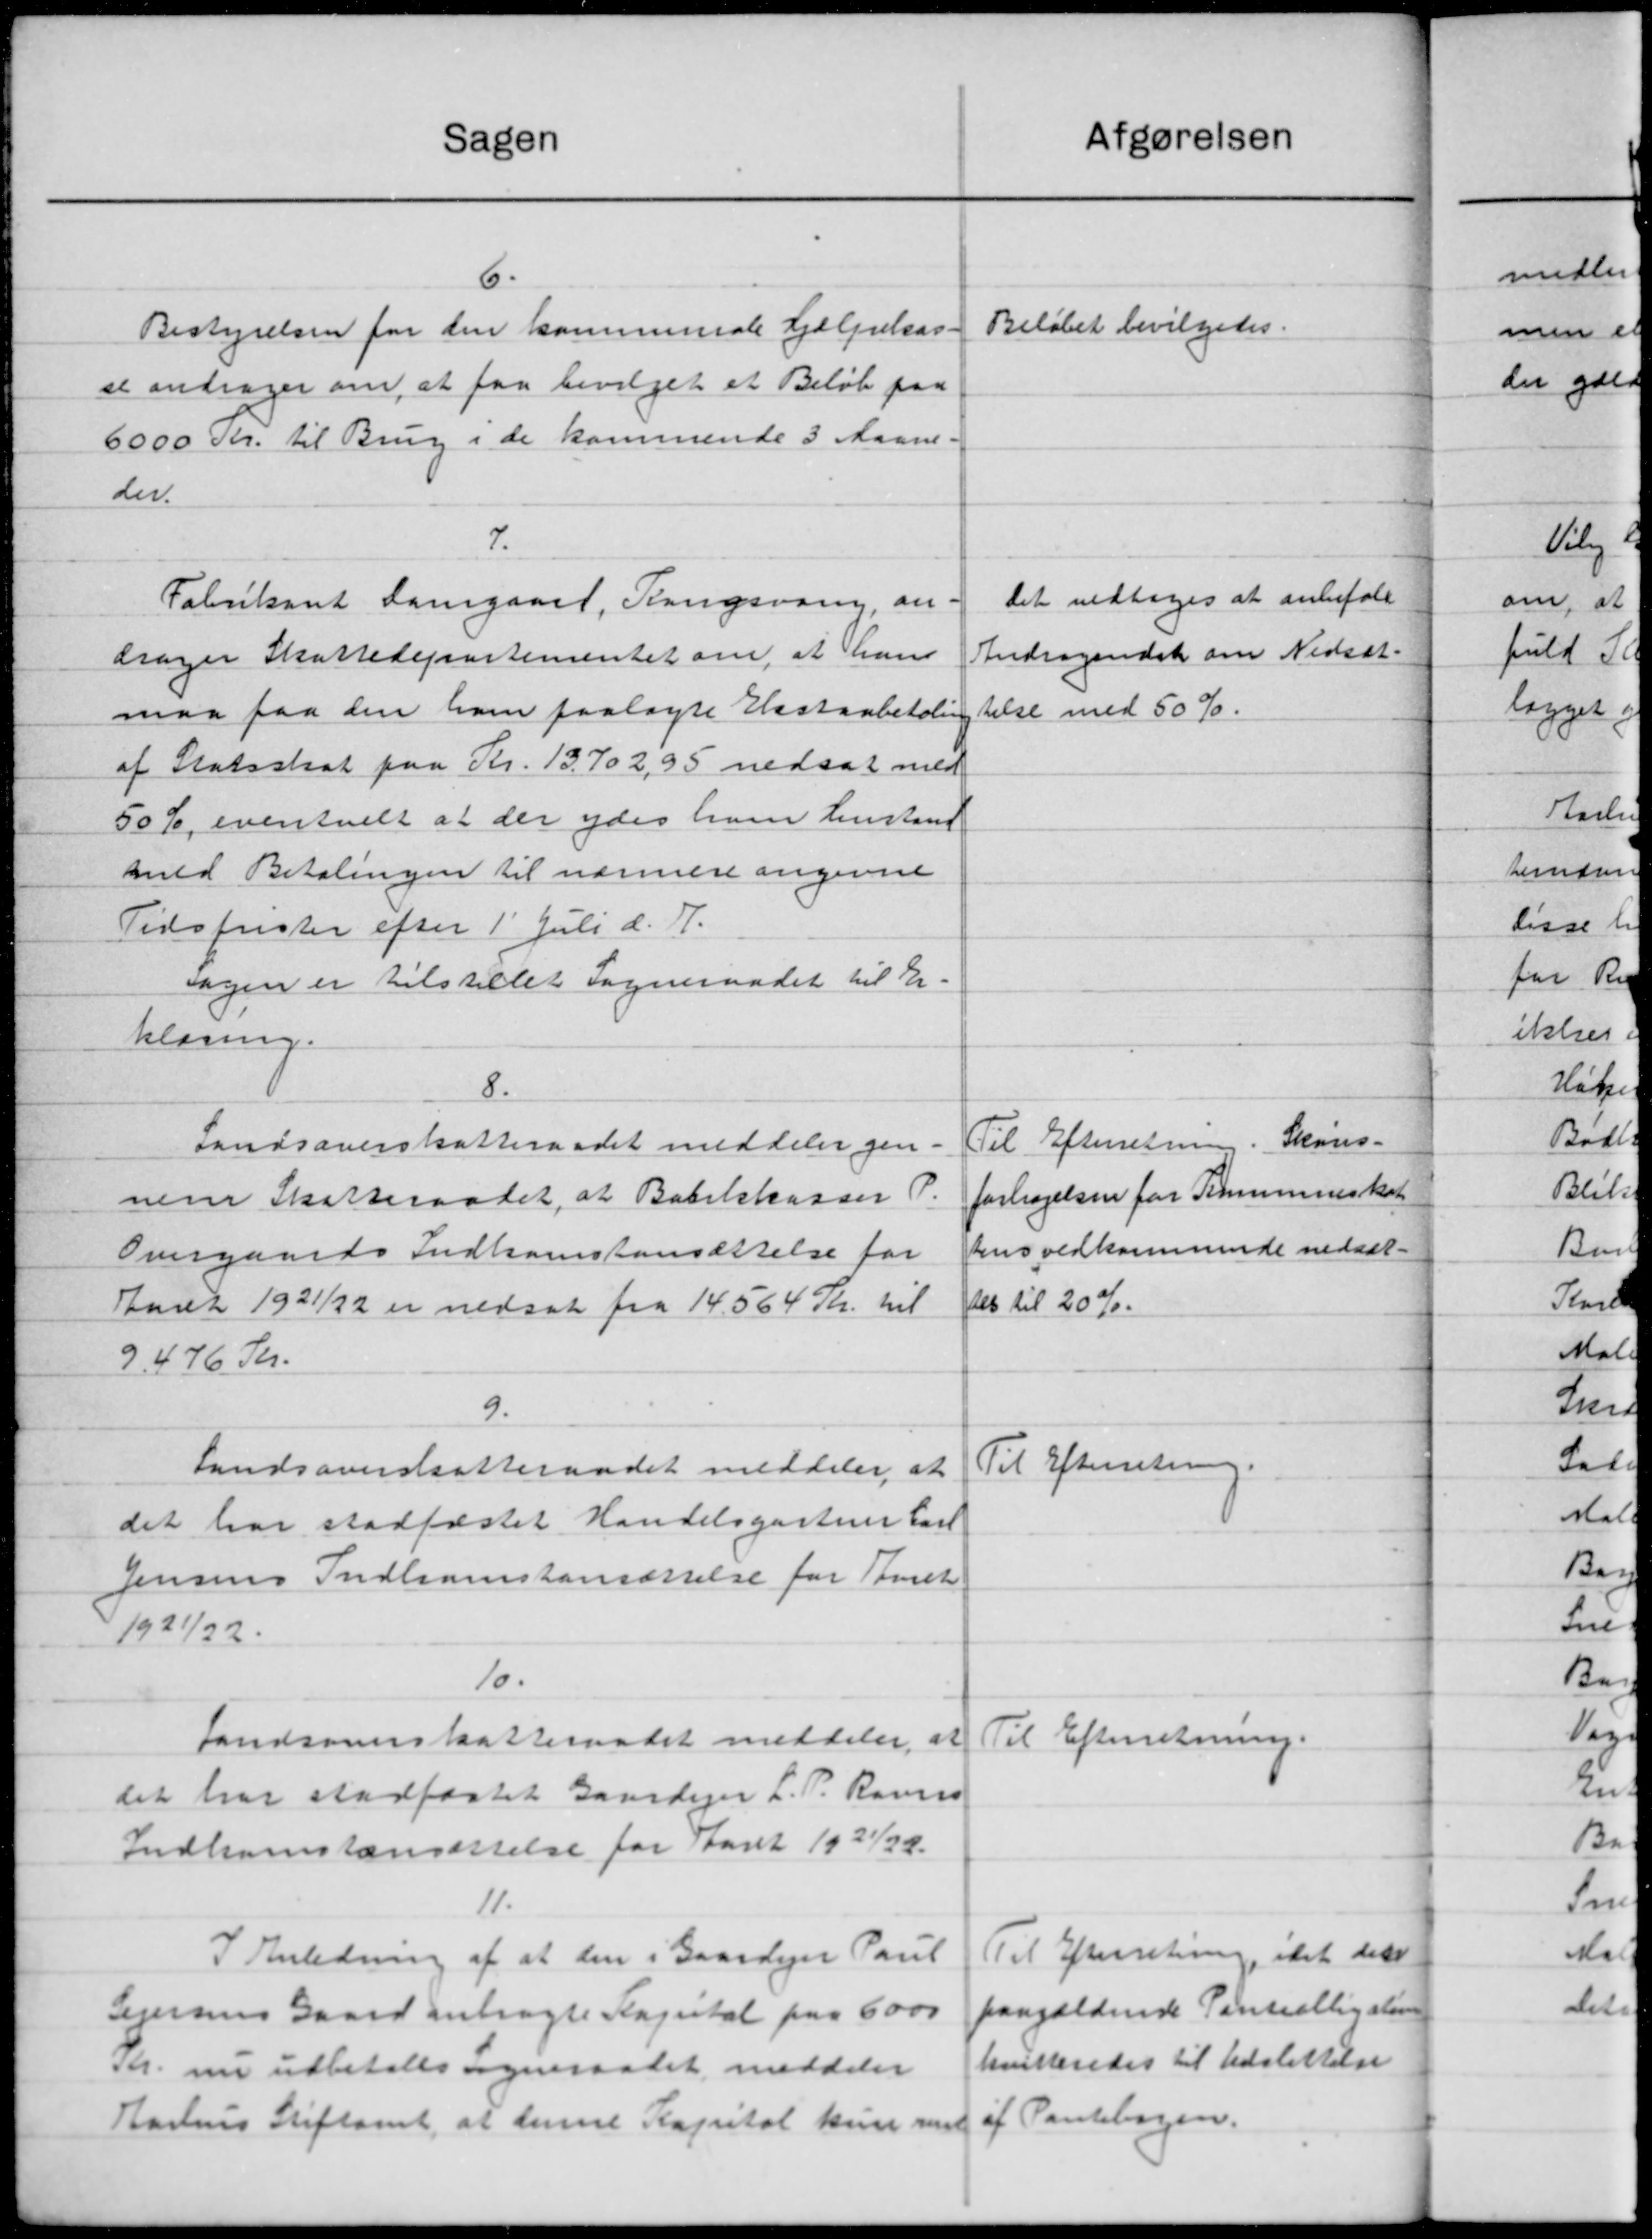
Transskription:
Afgørelsen
Sagen
6.
Beløbet bevilgedes.
Bestyrelsen for den kommunale Hjælpekas-
se andrager om, at faa bevilget et Beløb paa
6000 Kr. til Brug i de kommende 3 Maane.
der.
7.
Det vedtoges at anbefale
Fabrikant Samgaaet, Kongsvang, an
Andragendet om Nedsæt-
drager Skattedepartementet om, at hans
maa paa den ham paalagte Hassaabetaling
telse med 50 %.
af Statsskat paa Kr. 13.702,95 nedsat med
50%, eventuelt at der ydes ham henstand
med Betalingen til nærmere angivne
Tidsfrister efter 1' Juli d. A.
Sagen er tilstillet Sogneraadet til Er-
klæring.
8.
Til Efterretning. Skovs-
Landsoverskatteraadet meddeler gen-
forhøjelsen for Kommuneskat
nene Skatteraadet, at Babelskasser P.
tens vedkommende nedsæt-
Overgaards Indkomstansættelse for
det til 20 %.
Aaret 1921/22 er nedsat fra 14.564 Kr. til
9.476 Kr.
9.
Til Efterretning.
Landsoverskatteraadet meddeler at
det har stadfæstet Handelsgartner Carl
Jensens Indkomstensættelse for Tret
1921/22.
10.
Til Efterretning.
Landsomsskatteraadet meddeler, at
det har stadfæstet Gaardejer L. P. Rauns
Indkomstansættelse for Aaret 1931/32.
11.
Til Efterretning ikke det
I Anledning af at den i Gaardejer Paul
paagældende Panteallingstim
Sejersens Gaard anbragte Kapital paa 6000
kvitteredes til Udslettelse
Kr. nu udbetales Sogneraadet meddeler
Aarhus Stiftamt, at denne Kapital kun rent af Pantebogen